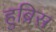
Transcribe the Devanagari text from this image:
हुब्रिस